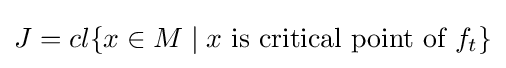
J=cl{\{x\in M\mid x{\mbox{ is critical point of }}f_{t}\}}